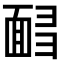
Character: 𩈟